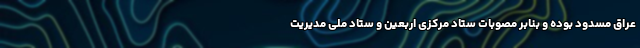
عراق مسدود بوده و بنابر مصوبات ستاد مرکزی اربعین و ستاد ملی مدیریت